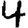
Digit: 4